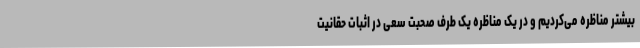
بیشتر مناظره می‌کردیم و در یک مناظره یک طرف صحبت سعی در اثبات حقانیت